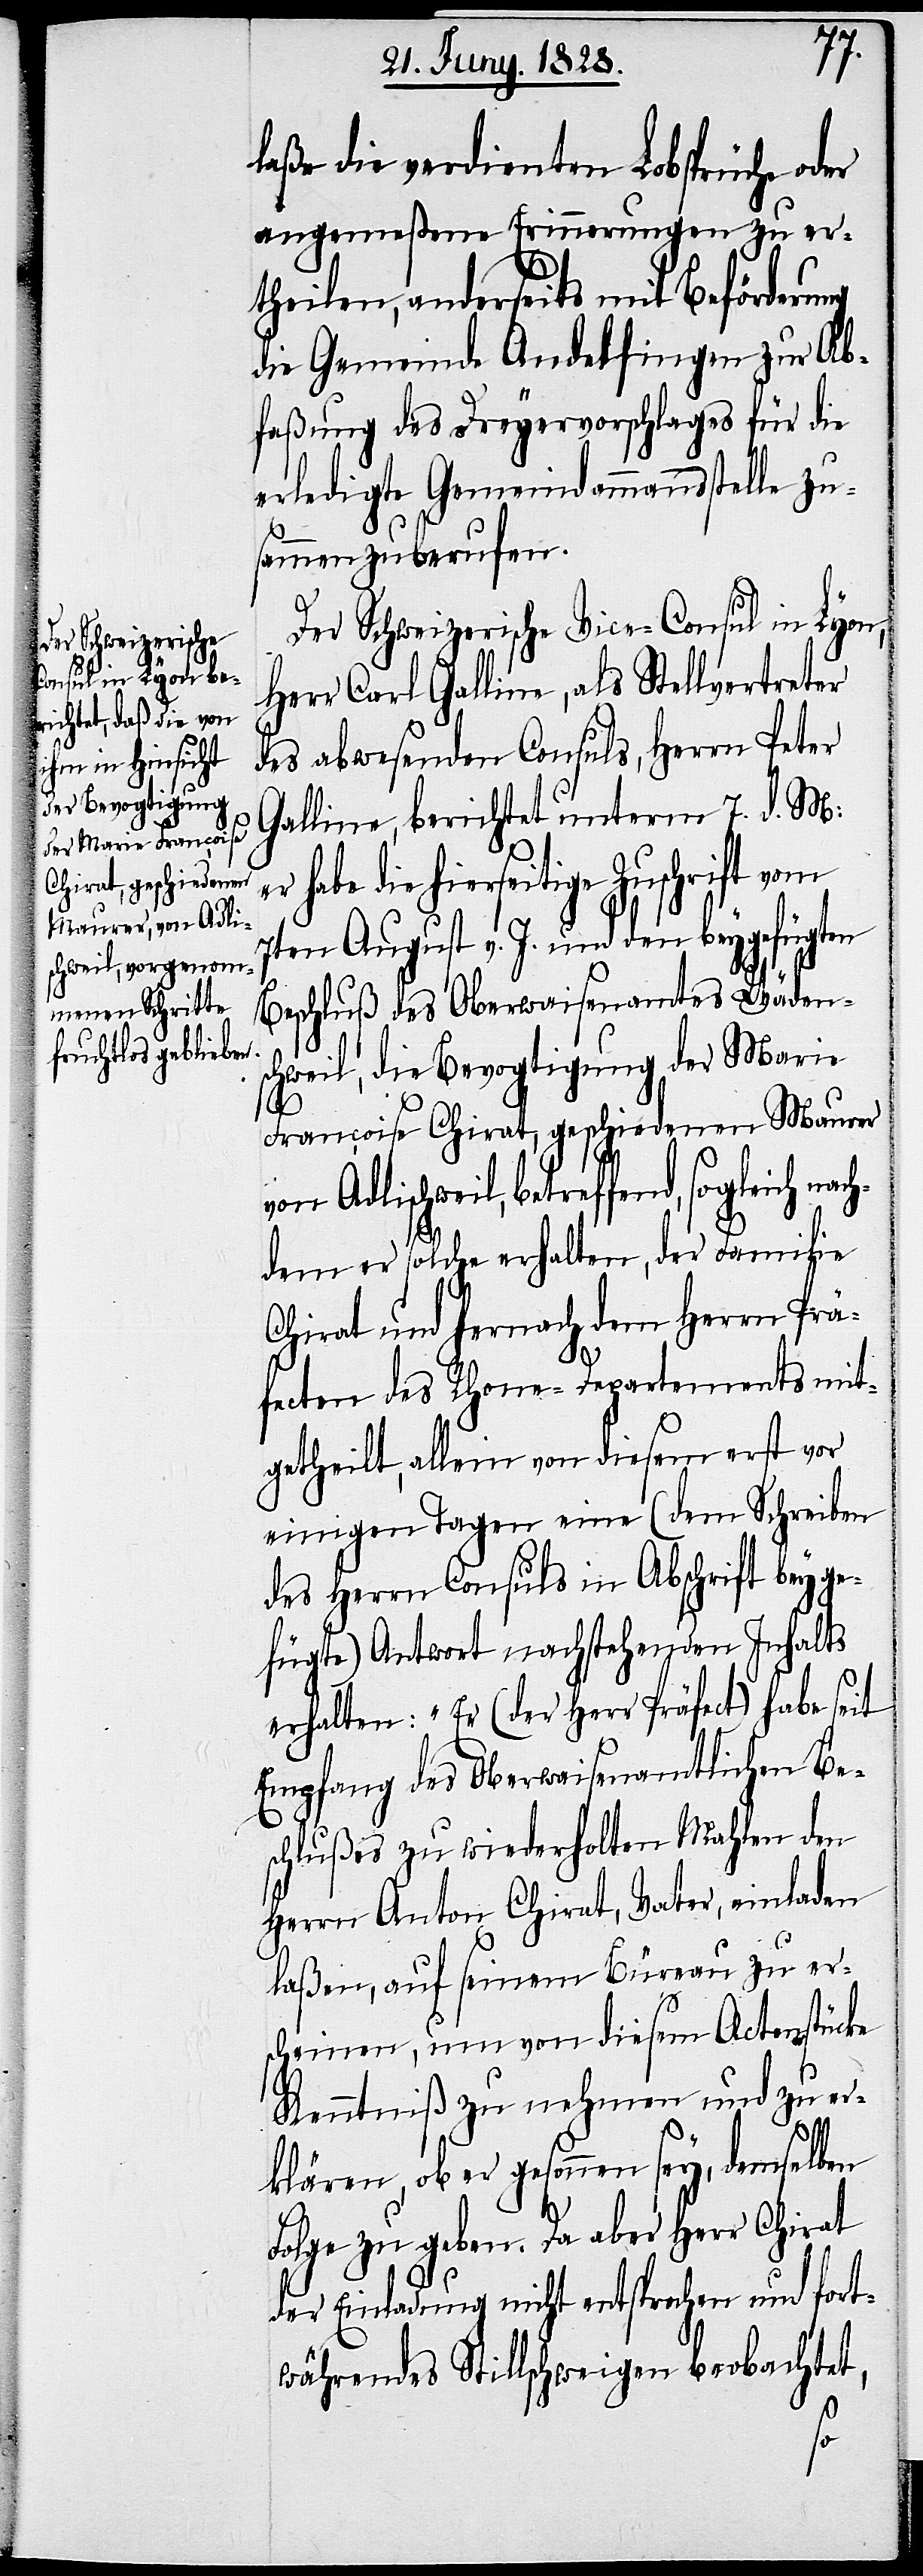
sogleich nach¬

er
die
laße die verdienten Lobsprüche oder
angemeßene Erinnerungen zu er¬
theilen, anderseits mit Beförderung
die Gemeinde Andelfingen zur Ab¬
faßung des Dreyervorschlages für die
erledigte Gemeindammannsstelle zu¬
sammenzuberufen.
Der Schweizerische Vice-Consul in Lyon,
Herr Carl Galline, als Stellvertreter
des abwesenden Consuls, Herrn Peter
Galline, berichtet unterm 7. d. M:
hierseitige Zuschrift vom
7ten August v. J. und den beygefügten
Beschluß des Oberwaisenamtes Wäden¬
schweil, die Bevogtigung der Marie
Françoise Chirat, geschiedene Maurer
von Adlischweil, betreffend,
dem er solche erhalten, der Familie
Chirat und hernach dem Herrn Prä¬
fecten des Rhone-Departements mit¬
getheilt, allein von diesem erst vor
einigen Tagen eine (dem Schreiben
des Herrn Consuls in Abschrift beyge¬
fügte) Antwort nachstehenden Inhalts
erhalten: „Er (der Herr Präfect) habe seit
Empfang des Oberwaisenamtlichen Be¬
schlußes zu wiederholten Mahlen den
Herrn Anton Chirat, Vater, einladen
laßen, auf seinem Büreau zu er¬
scheinen, um von diesem Actenstücke
Kenntniß zu nehmen und zu er¬
klären, ob er gesonnen sey, demselben
Folge zu geben. Da aber Herr Chirat
der Einladung nicht entsprochen und fort¬
währendes Stillschweigen beobachtet,